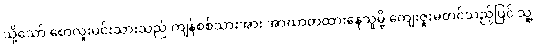
သို့သော် စောလူးမင်းသားသည် ကျန်စစ်သားအား အာဃာတထားနေသူမို့ ကျေးဇူးမတင်သည့်ပြင် သူ့